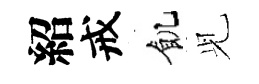
紹戒飢𫤗